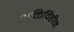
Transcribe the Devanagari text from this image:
शक्तिविहीन